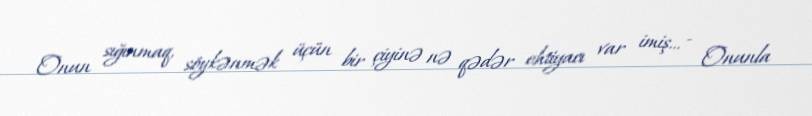
Onun sığınmaq, söykənmək üçün bir çiyinə nə qədər ehtiyacı var imiş... - Onunla